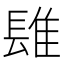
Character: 𨲈